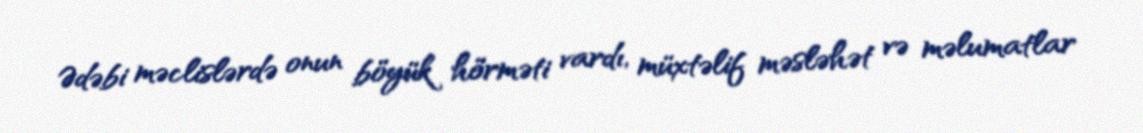
Ədəbi məclislərdə onun böyük hörməti vardı, müxtəlif məsləhət və məlumatlar